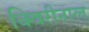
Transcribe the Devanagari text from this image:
क्विरीनाल